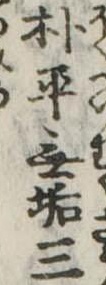
朴平無垢三